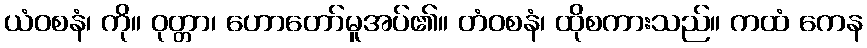
ယံဝစနံ၊ ကို။ ဝုတ္တာ၊ ဟောတော်မူအပ်၏။ တံဝစနံ၊ ထိုစကားသည်။ ကထံ ကေန